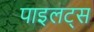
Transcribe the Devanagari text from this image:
पाइलट्स